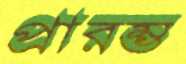
প্রারম্ভ